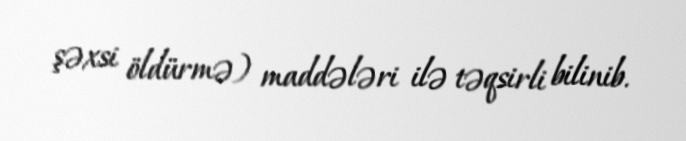
şəxsi öldürmə) maddələri ilə təqsirli bilinib.